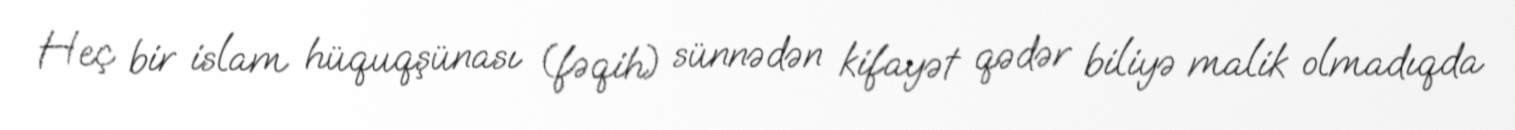
Heç bir islam hüquqşünası (fəqih) sünnədən kifayət qədər biliyə malik olmadıqda